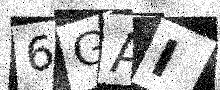
Text: 6GAI